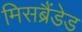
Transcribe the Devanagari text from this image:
मिसब्रैंडेड